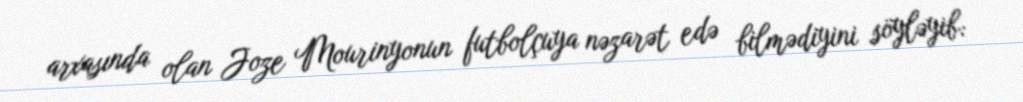
arxasında olan Joze Mourinyonun futbolçuya nəzarət edə bilmədiyini söyləyib: